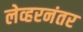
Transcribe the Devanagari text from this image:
लेव्हरनंतर